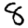
Digit: 8